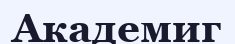
Академиг